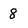
Character: 8